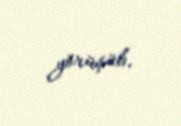
görüşüb.